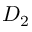
D _ { 2 }